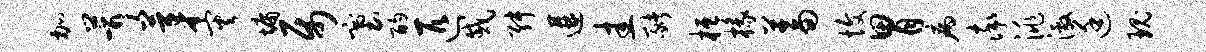
加茸茅灾墉属塞酌匹戚舛遘圭猪桓椽蓄愎胃病率洮激廷瑰